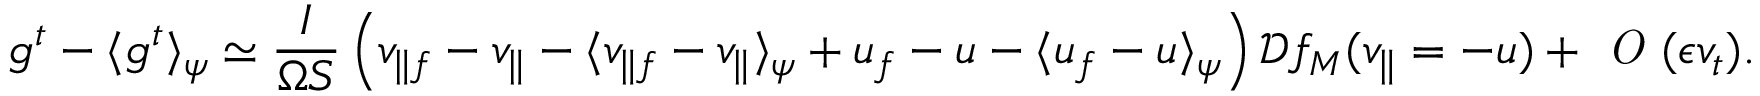
g ^ { t } - \langle g ^ { t } \rangle _ { \psi } \simeq \frac { I } { \Omega S } \left( v _ { \parallel f } - v _ { \parallel } - \langle v _ { \parallel f } - v _ { \parallel } \rangle _ { \psi } + u _ { f } - u - \langle u _ { f } - u \rangle _ { \psi } \right) \mathcal { D } f _ { M } ( v _ { \parallel } = - u ) + \textit { O } ( \epsilon v _ { t } ) .